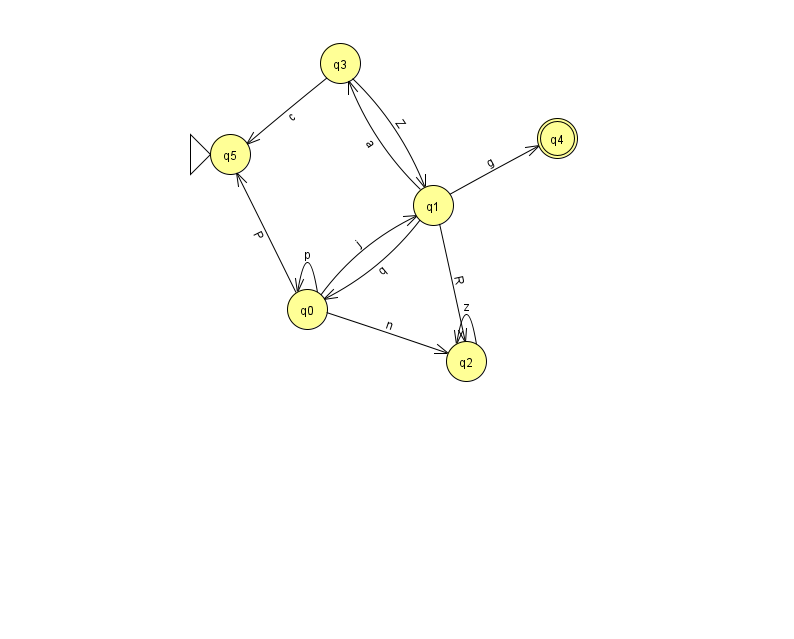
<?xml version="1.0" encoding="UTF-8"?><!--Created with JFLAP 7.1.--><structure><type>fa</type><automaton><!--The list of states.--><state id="0" name="q0"><x>307.0</x><y>296.0</y></state><state id="1" name="q1"><x>433.0</x><y>192.0</y></state><state id="2" name="q2"><x>466.0</x><y>348.0</y></state><state id="3" name="q3"><x>340.0</x><y>50.0</y></state><state id="4" name="q4"><x>557.0</x><y>125.0</y><final/></state><state id="5" name="q5"><x>230.0</x><y>141.0</y><initial/></state><!--The list of transitions.--><transition><from>0</from><to>0</to><read>p</read></transition><transition><from>0</from><to>5</to><read>P</read></transition><transition><from>0</from><to>2</to><read>n</read></transition><transition><from>1</from><to>0</to><read>q</read></transition><transition><from>1</from><to>4</to><read>g</read></transition><transition><from>1</from><to>3</to><read>a</read></transition><transition><from>3</from><to>5</to><read>c</read></transition><transition><from>0</from><to>1</to><read>j</read></transition><transition><from>2</from><to>2</to><read>z</read></transition><transition><from>1</from><to>2</to><read>R</read></transition><transition><from>3</from><to>1</to><read>Z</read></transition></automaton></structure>